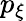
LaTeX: p_{\xi}